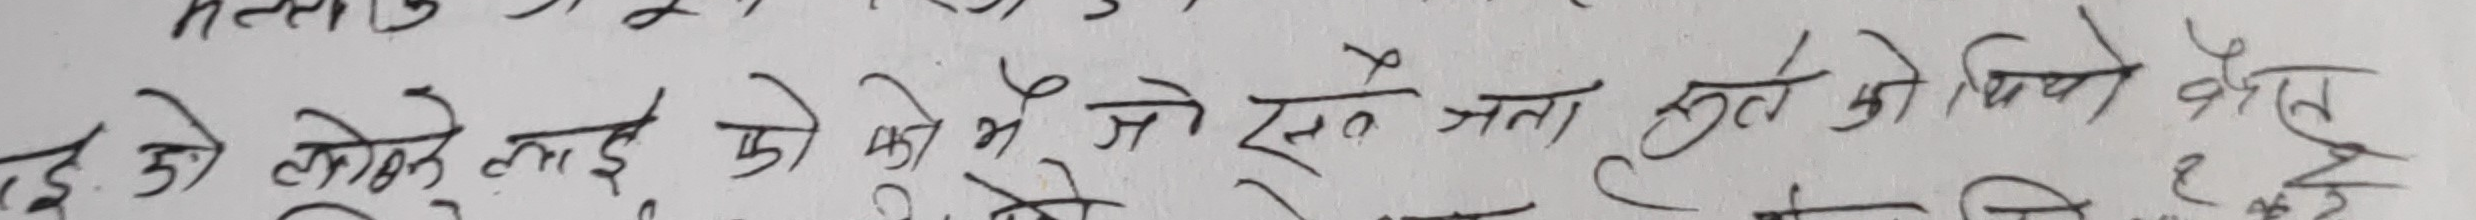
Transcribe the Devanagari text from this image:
द को लोकले लडाई को भ जो रस्ते जना स्त को बिचै कौन